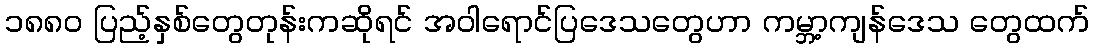
၁၈၈၀ ပြည့်နှစ်တွေတုန်းကဆိုရင် အဝါရောင်ပြဒေသတွေဟာ ကမ္ဘာ့ကျန်ဒေသ တွေထက်